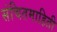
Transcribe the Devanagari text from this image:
संचितमाहिती